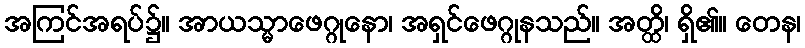
အကြင်အရပ်၌။ အာယသ္မာဖေဂ္ဂုနော၊ အရှင်ဖေဂ္ဂုနသည်။ အတ္ထိ၊ ရှိ၏။ တေန၊